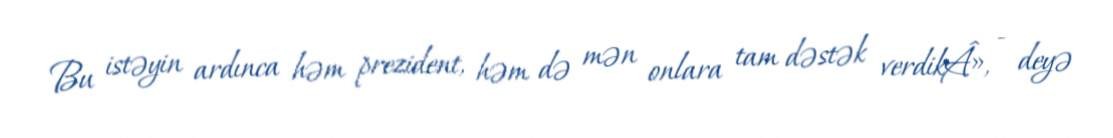
Bu istəyin ardınca həm prezident, həm də mən onlara tam dəstək verdikÂ», - deyə